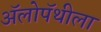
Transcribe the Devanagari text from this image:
अॅलोपॅथीला